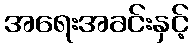
အရေးအခင်းနှင့်